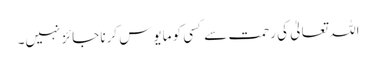
اللہ تعالیٰ کی رحمت سے کسی کو مایوس کرنا جائز نہیں۔